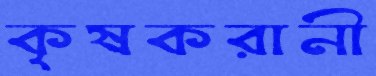
কৃষকরানী